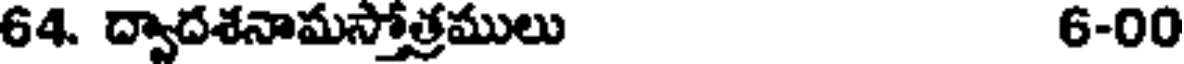
64. ద్వాదశనామస్తోత్రములు 6-00